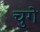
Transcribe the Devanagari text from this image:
चुगे